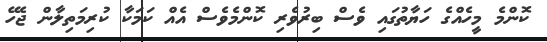
ކޮންމެ މީހެއްގެ ހަޔާތުގައި ވެސް ބިރުވެރި ކޮންމެވެސް އެއް ކަމަކާ ކުރިމަތިލާން ޖެހޭ